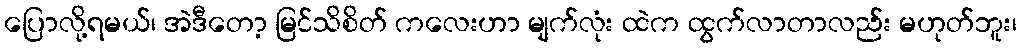
ပြောလို့ရမယ်၊ အဲဒီတော့ မြင်သိစိတ် ကလေးဟာ မျက်လုံး ထဲက ထွက်လာတာလည်း မဟုတ်ဘူး၊